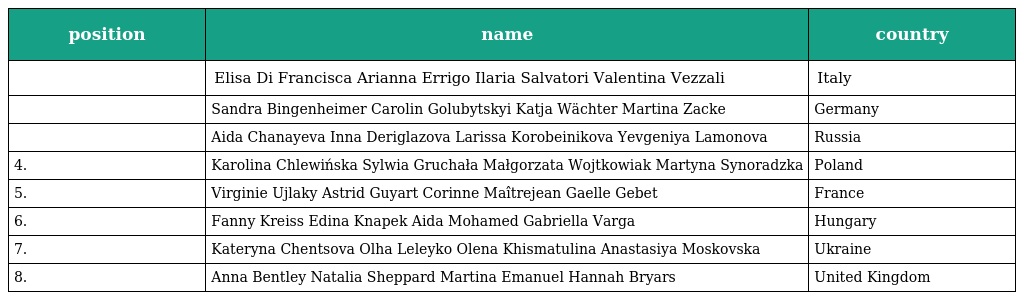
| position | name | country |
 | --- | --- | --- |
 |  | Elisa Di Francisca Arianna Errigo Ilaria Salvatori Valentina Vezzali | Italy |
 |  | Sandra Bingenheimer Carolin Golubytskyi Katja Wächter Martina Zacke | Germany |
 |  | Aida Chanayeva Inna Deriglazova Larissa Korobeinikova Yevgeniya Lamonova | Russia |
 | 4. | Karolina Chlewińska Sylwia Gruchała Małgorzata Wojtkowiak Martyna Synoradzka | Poland |
 | 5. | Virginie Ujlaky Astrid Guyart Corinne Maîtrejean Gaelle Gebet | France |
 | 6. | Fanny Kreiss Edina Knapek Aida Mohamed Gabriella Varga | Hungary |
 | 7. | Kateryna Chentsova Olha Leleyko Olena Khismatulina Anastasiya Moskovska | Ukraine |
 | 8. | Anna Bentley Natalia Sheppard Martina Emanuel Hannah Bryars | United Kingdom |